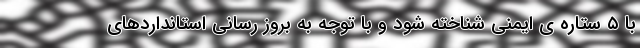
با ۵ ستاره ی ایمنی شناخته شود و با توجه به بروز رسانی استانداردهای